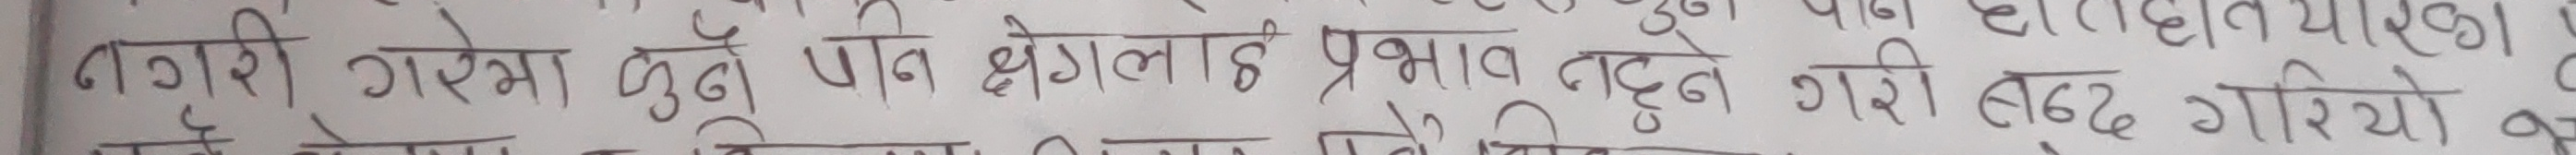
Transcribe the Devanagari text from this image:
नगरी गरेमा बुढो पनि क्षेत्रलाई प्रभाव पर्ने गरी बन्द गरियो